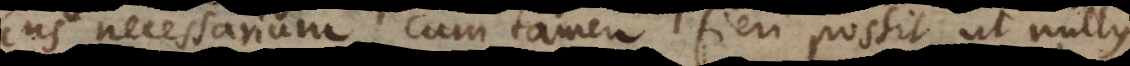
Ens necessarium, cum tamen fieri possit ut nullus